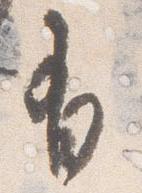
有